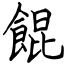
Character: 餛